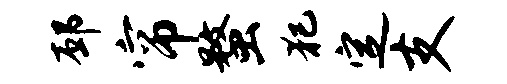
邳帘蝥犯定支